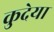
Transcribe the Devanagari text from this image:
कुदेया